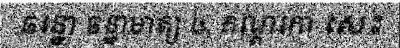
ឆន្នោ ឆន្នាមាត្យ ៤. កណ្តកោ សេះ